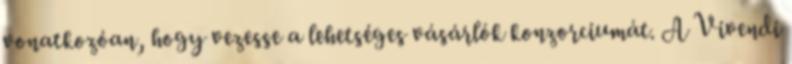
vonatkozóan, hogy vezesse a lehetséges vásárlók konzorciumát. A Vivendi